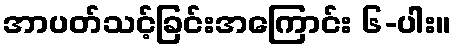
အာပတ်သင့်ခြင်းအကြောင်း ၆-ပါး။